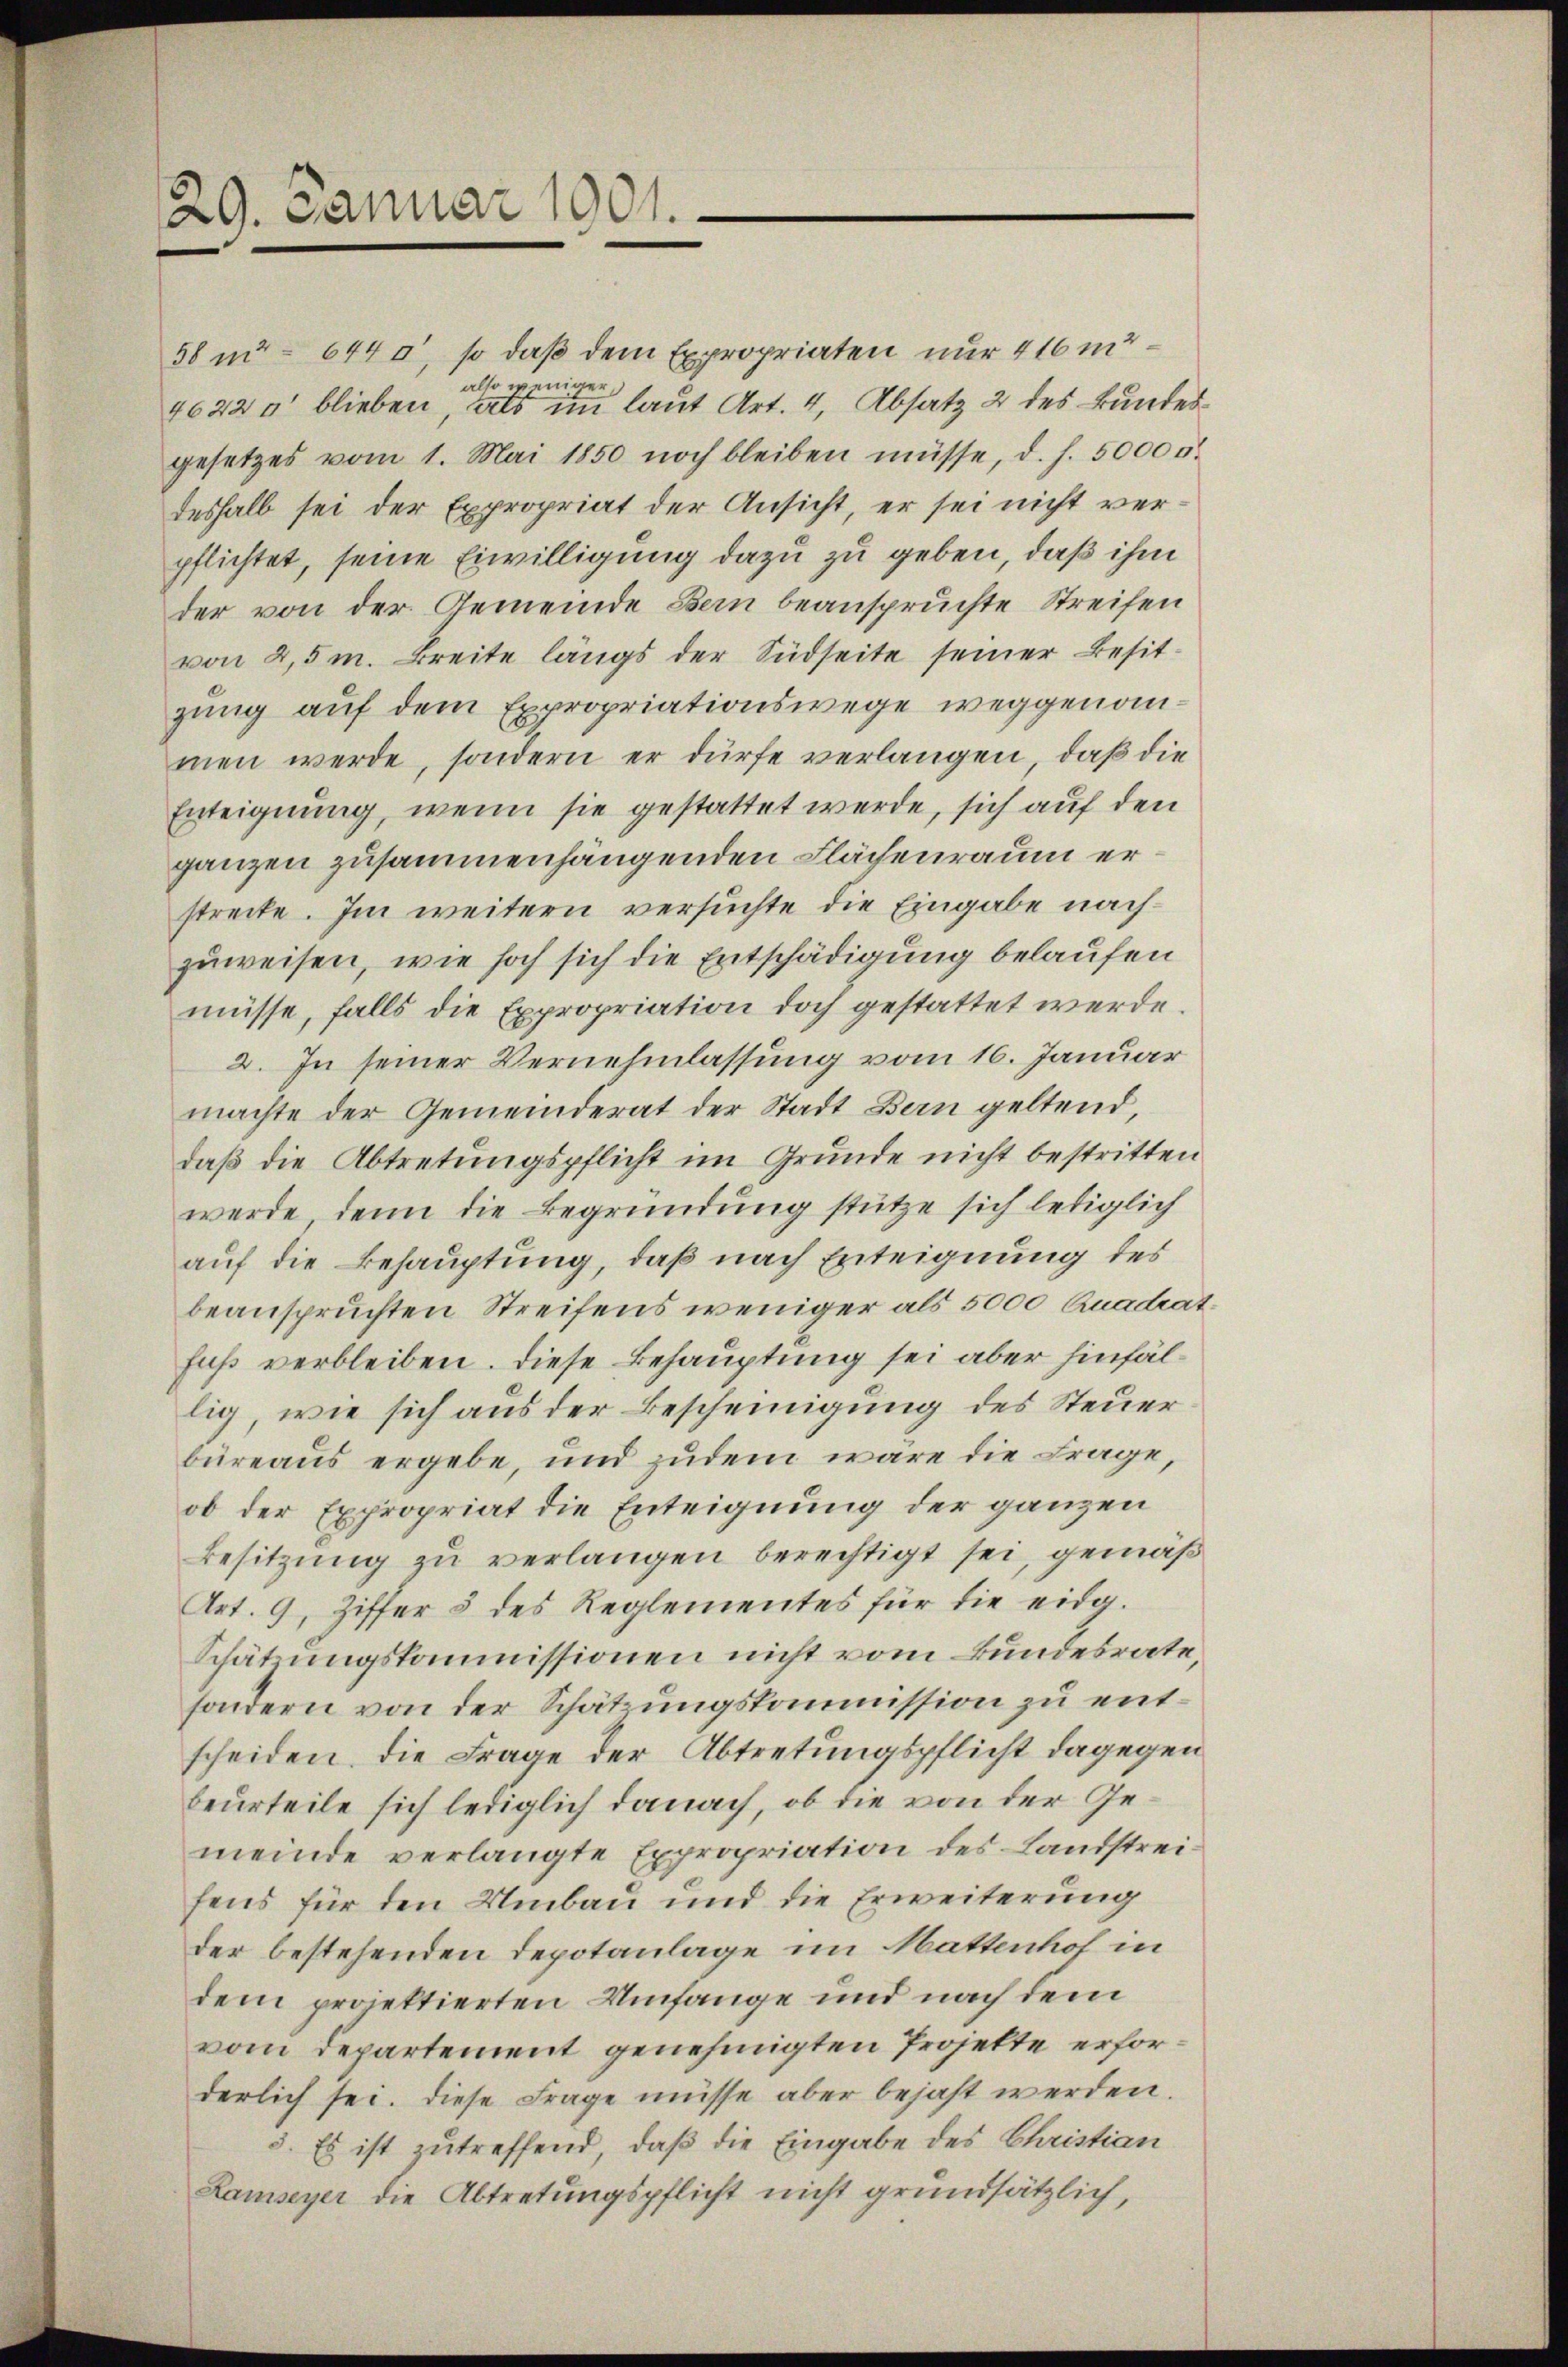
29. Januar 1901.

58 n 644 a, so daß dem Expropriaten nur 416 m
also weniger,
4622 blieben, als im laut Art. 4, Absatz 2 des Bundesgesetzes vom 1. Mai 1850 noch bleiben müsse, d. h. 5000 u.
deshalb sei der Expropriat der Ansicht, er sei nicht verpflichtet, seine Eiwilligung dazu zu geben, daß ihm
der von der Gemeinde Bern beanspruchte Streifen
von 2,5 m. Breite längs der Südseite seiner Besitzung auf dem Expropriationswege weggenommen werde, sondern er dürfe verlangen, daß die
Enteignung, wenn sie gestattet werde, sich auf den
ganzen zusammenhangenden Flächenraum erstreite. Im weitern versuchte die Eingabe nachzuweisen, wie hoch sich die Entschädigung belaufen
müsse, falls die Expropriation doch gestattet werde
2. In seiner Vernehmlassung vom 16. Januar
machte der Gemeinderat der Stadt Bern geltend,
daß die Abtretungspflicht im Grunde nicht bestritten
werde, denn die Begründung stütze sich lediglich
auf die Behauptung, daß nach Erteignung des
beanspruchten Streifens weniger als 5000 Quadrat
fuß verbleiben. Diese Behauptung sei aber hinfällig, wie sich aus der Bescheinigung des Steuer
büreaus ergebe, und zudem wäre die Frage,
ob der Expropriat die Enteignung der ganzen
Besitzung zu verlangen berechtigt sei, gemäß
Art. 9, Ziffer 5 des Reglementes für die eidg.
Schätzungskommissionen nicht vom Bundesrate,
sondern von der Schätzungskommission zu entscheiden. Die Frage der Abtretungspflicht dagegen
beurteile sich lediglich danach, ob die von der Gemeinde verlangte Expropriation des Landstreifens für den Umbau und die Erweiterung
der bestehenden Depotanlage im Mattenhof in
dem projektierten Umfange und nach dem
vom Departement genehmigten Projekte erforderlich sei. Diese Frage müsse aber bejaht werden.
3. Es ist zutreffend, daß die Eingabe des Christian
Ramseyer die Abtretungspflicht nicht grundsätzlich,